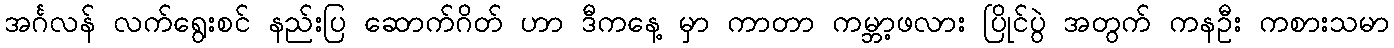
အင်္ဂလန် လက်ရွေးစင် နည်းပြ ဆောက်ဂိတ် ဟာ ဒီကနေ့ မှာ ကာတာ ကမ္ဘာ့ဖလား ပြိုင်ပွဲ အတွက် ကနဦး ကစားသမာ